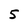
Character: 5